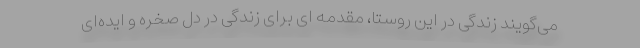
می‌گویند زندگی در این روستا، مقدمه ای برای زندگی در دل صخره‌ و ایده‌ای